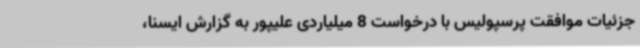
جزئیات موافقت پرسپولیس با درخواست 8 میلیاردی علیپور به گزارش ایسنا،